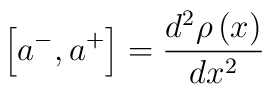
\left[ a^{-},a^{+}\right] =\frac{d^{2}\rho \left( x\right) }{dx^{2}}